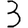
Digit: 3